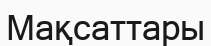
Мақсаттары